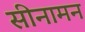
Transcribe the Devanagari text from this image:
सीनामन